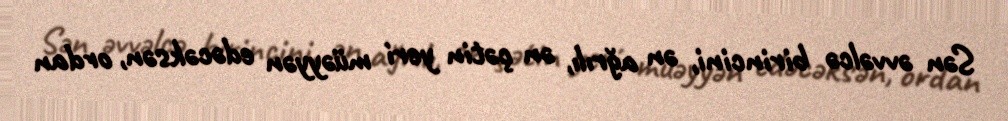
Sən əvvəlcə birincini, ən ağrılı, ən çətin yeri müəyyən edəcəksən, ordan